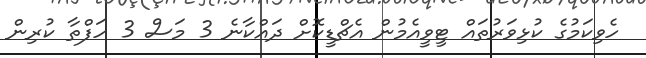
ހެވިކަމުގެ ކުޅިވަރުތައް ޓީވީއެމުން އެޗްޑީކޮށް ދައްކާނެ 3 މަސް 3 ހަފްތާ ކުރިން